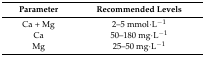
<table><thead><tr><td><b>Parameter</b></td><td><b>Recommended Levels</b></td></tr></thead><tbody><tr><td>Ca + Mg</td><td>2–5 mmol·L<sup>−1</sup></td></tr><tr><td>Ca</td><td>50–180 mg·L<sup>−1</sup></td></tr><tr><td>Mg</td><td>25–50 mg·L<sup>−1</sup></td></tr></tbody></table>